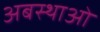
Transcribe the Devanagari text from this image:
अबस्थाओ